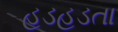
હડહડતા